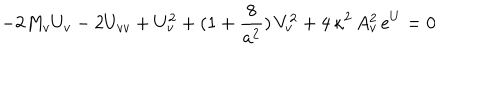
- 2 M _ { v } U _ { v } - 2 U _ { v v } + U _ { v } ^ { 2 } + ( 1 + { \frac { 8 } { a ^ { 2 } } } ) \, V _ { v } ^ { 2 } + 4 \, \kappa ^ { 2 } \, A _ { v } ^ { 2 } \, e ^ { U } = 0